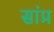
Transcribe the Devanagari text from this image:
सांप्र